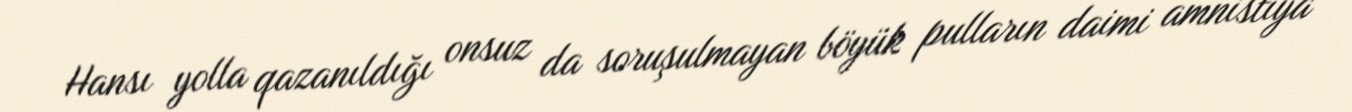
Hansı yolla qazanıldığı onsuz da soruşulmayan böyük pulların daimi amnistiya